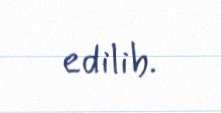
edilib.